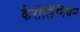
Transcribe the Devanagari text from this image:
कैरोलिंगियन